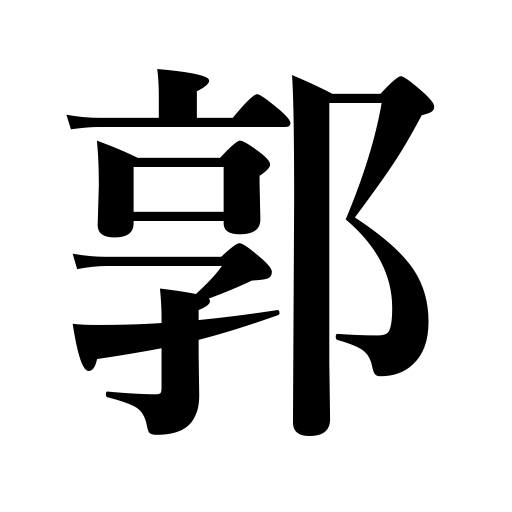
Meanings: enclosure,quarters